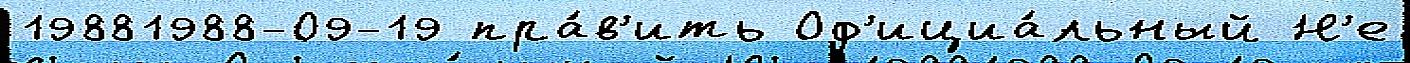
19881988-09-19 пра́в'ить Оф'ициа́льный Н'е